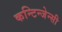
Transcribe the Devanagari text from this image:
कन्टिन्जेन्सी